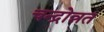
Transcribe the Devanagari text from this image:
चन्द्रोन्नत